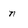
Character: n